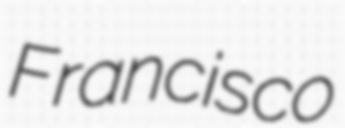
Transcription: Francisco